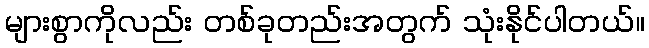
များစွာကိုလည်း တစ်ခုတည်းအတွက် သုံးနိုင်ပါတယ်။